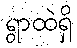
ရွာထဲရှိ